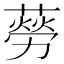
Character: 𦺜